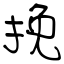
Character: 挽